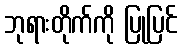
ဘုရားတိုက်ကို ပြုပြင်